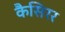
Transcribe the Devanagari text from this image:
कैसिरर